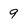
Character: 9